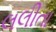
લલીતા